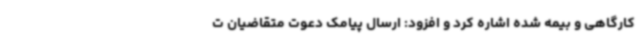
کارگاهی و بیمه شده اشاره کرد و افزود: ارسال پیامک دعوت متقاضیان ت